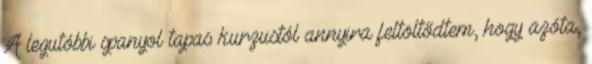
A legutóbbi spanyol tapas kurzustól annyira feltöltődtem, hogy azóta,